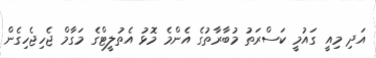
އަދި މިއީ ގައުމީ ކަސްރަތު މުބާރާތުގެ އެންމެ މޮޅު އެތުލީޓްގެ މަގާމް ޖެހިޖެހިގެން